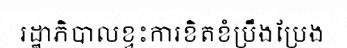
រដ្ឋាភិបាលខ្វះការខិតខំប្រឹងប្រែង